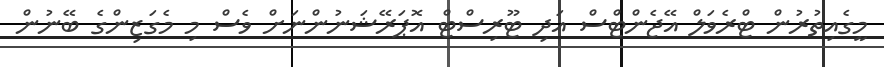
މީގެއިތުރުން ޓްރެވަލް އޭޖެންޓްސް އަދި ޓޫރިސްޓް އޮޕަރޭޝަނުންނަށް ވެސް މި މެގަޒިންގެ ބޭނުން